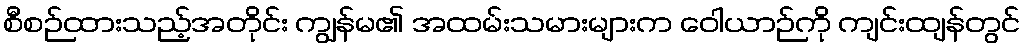
စီစဉ်ထားသည့်အတိုင်း ကျွန်မ၏ အထမ်းသမားများက ဝေါယာဉ်ကို ကျင်းထျန်တွင်